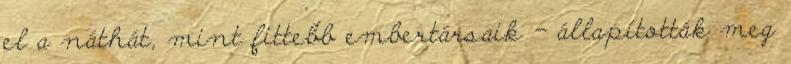
el a náthát, mint fittebb embertársaik - állapították meg